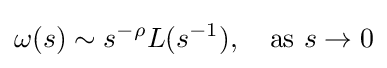
\omega (s)\sim s^{-\rho }L(s^{-1}),\quad {\text{as}}\ s\to 0